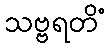
သဗ္ဗရတိံ